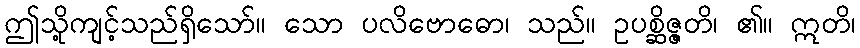
ဤသို့ကျင့်သည်ရှိသော်။ သော ပလိဗောဓော၊ သည်။ ဥပစ္ဆိဇ္ဇတိ၊ ၏။ ဣတိ၊